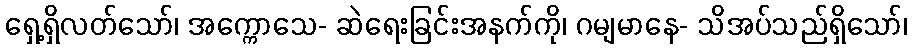
ရှေ့ရှိလတ်သော်၊ အက္ကောသေ- ဆဲရေးခြင်းအနက်ကို၊ ဂမျမာနေ- သိအပ်သည်ရှိသော်၊